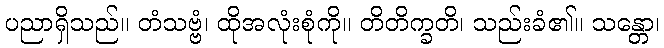
ပညာရှိသည်။ တံသဗ္ဗံ၊ ထိုအလုံးစုံကို။ တိတိက္ခတိ၊ သည်းခံ၏။ သန္တော၊